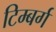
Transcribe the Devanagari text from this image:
टिम्बर्ग